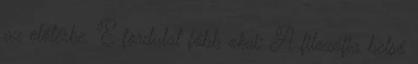
az előtérbe. E fordulat főbb okai: A filozófia belső